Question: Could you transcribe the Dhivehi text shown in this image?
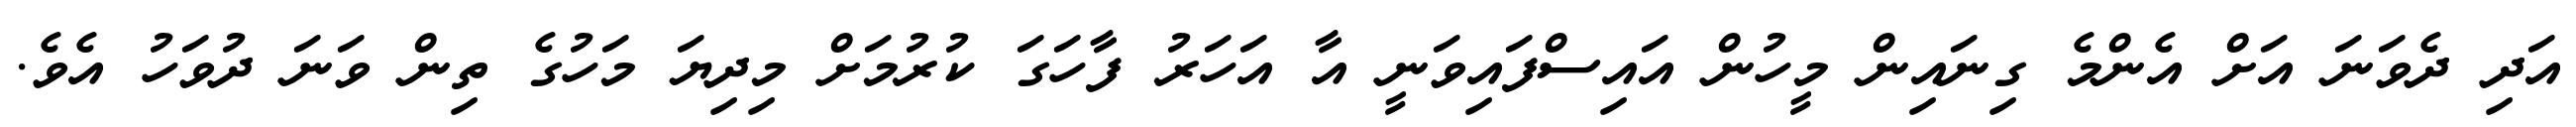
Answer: އަދި ދެވަނަ އަށް އެންމެ ގިނައިން މީހުން އައިސްފައިވަނީ އާ އަހަރު ފާހަގަ ކުރުމަށް މިދިޔަ މަހުގެ ތިން ވަނަ ދުވަހު އެވެ.